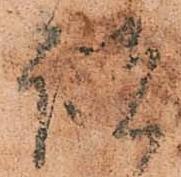
説